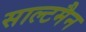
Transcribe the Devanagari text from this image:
साल्टमैन